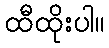
ထီထိုးပါ။